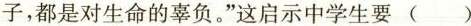
子，都是对生命的辜负。”这启示中学生要( )